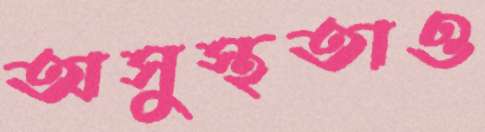
অসুস্থতাও